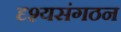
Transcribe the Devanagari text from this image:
दृश्यसंगठन